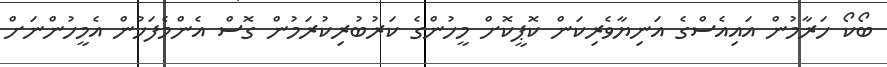
ބޯކޯ ހަރާމުން އައިއެސްގެ އަނިޔާވެރިކަން ކޮޕީކޮށް މީހުންގެ ކަރުބުރިކުރަމުން ގޮސް އެންމެފަހުން އެމީހުންނަށް